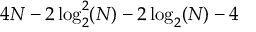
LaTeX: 4 N - 2 \log _ { 2 } ^ { 2 } ( N ) - 2 \log _ { 2 } ( N ) - 4